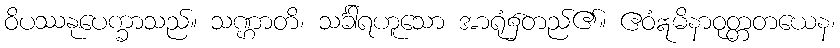
ဝိပဿနုပေက္ခာသည်။ သဏ္ဌာတိ၊ သင်္ခါရဟူသော အာရုံ၌တည်၏။ ဧဝံဣမိနာဝုတ္တတယေန၊